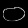
Digit: ၀